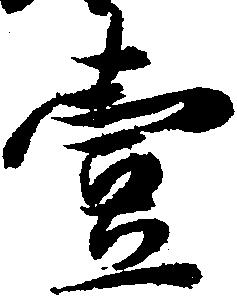
壱